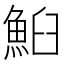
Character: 𩶧